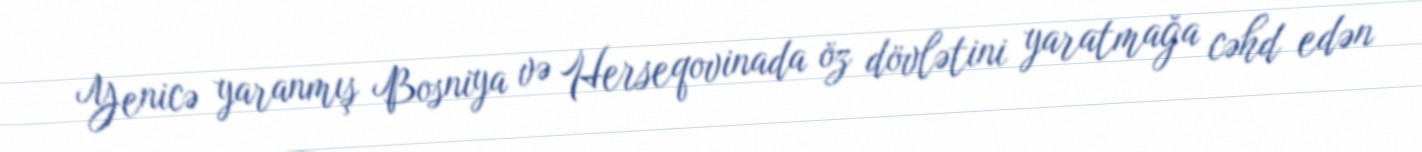
Yenicə yaranmış Bosniya və Herseqovinada öz dövlətini yaratmağa cəhd edən